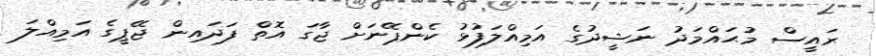
ރައީސް މުޙައްމަދު ނަޝީދުގެ އަމިއްލަފުޅު ކެންޕޭނަށް ޖާގަ އޮތް ފަދައިން ޖޭޕީގެ އަމިއްލަ